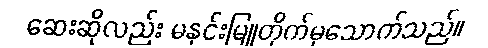
ဆေးဆိုလည်း မနှင်းမြူတိုက်မှသောက်သည်။